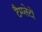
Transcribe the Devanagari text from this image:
टैम्प्लेटों